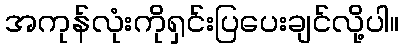
အကုန်လုံးကိုရှင်းပြပေးချင်လို့ပါ။